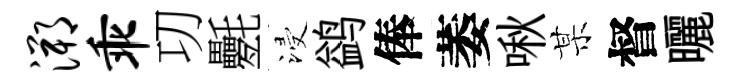
溯乖㓛氎浸鹢俸萎啾某督曬